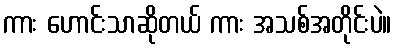
ကား ဟောင်းသာဆိုတယ် ကား အသစ်အတိုင်းပဲ။